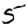
Digit: 5